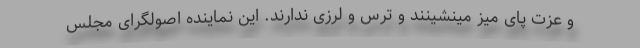
و عزت پای میز مینشینند و ترس و لرزی ندارند. این نماینده اصولگرای مجلس